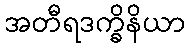
အတီရဒက္ခိနိယာ